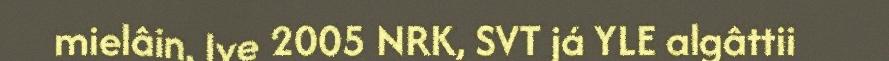
mielâin. Ive 2005 NRK, SVT já YLE algâttii